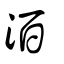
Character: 洦